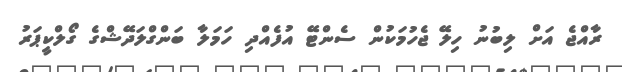
ރާއްޖެ އަށް ލިބުނު ހިލޭ ޖެހުމަކުން ސެންޓޭ އުފެއްދި ހަމަލާ ބަންގްލަދޭޝްގެ ގޯލްކީޕަރު